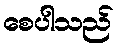
စေပါသည်